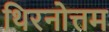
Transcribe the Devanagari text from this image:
थिरनोत्तम